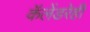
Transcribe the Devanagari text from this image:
कॅलेंडरेही